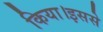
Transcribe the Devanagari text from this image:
किया।इससे